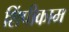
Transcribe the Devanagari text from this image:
शिंपीकाम